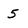
Character: 5